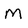
Character: M